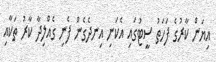
އިޔަން ކާރުގެ ފަހަތު ސީޓުގައި އެކަނި އިނދެގެން ފެނި ގެއްލިދާ ކާރު ތަކާއި